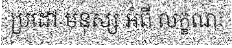
ប្រដៅ មនុស្ស អំពី លក្ខណៈ